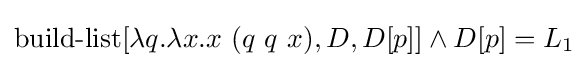
\operatorname {build-list} [\lambda q.\lambda x.x\ (q\ q\ x),D,D[p]]\land D[p]=L_{1}